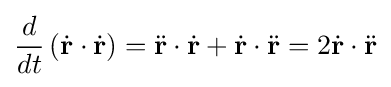
{\frac {d}{dt}}\left({\dot {\mathbf {r} }}\cdot {\dot {\mathbf {r} }}\right)={\ddot {\mathbf {r} }}\cdot {\dot {\mathbf {r} }}+{\dot {\mathbf {r} }}\cdot {\ddot {\mathbf {r} }}=2{\dot {\mathbf {r} }}\cdot {\ddot {\mathbf {r} }}